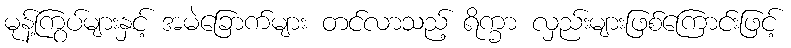
မုန့်ကြွပ်များနှင့် အမဲခြောက်များ တင်လာသည့် ရိက္ခာ လှည်းများဖြစ်ကြောင်းဖြင့်